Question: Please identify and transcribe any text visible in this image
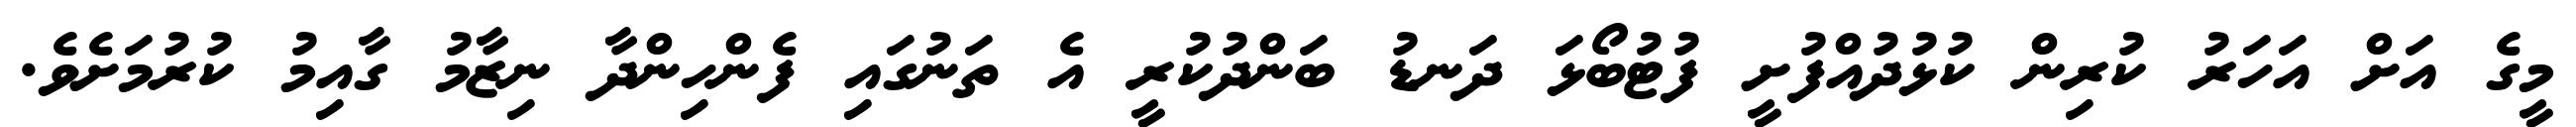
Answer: މީގެ އަށް އަހަރު ކުރިން ކުޅުދުއްފުށީ ފުޓުބޯޅަ ދަނޑު ބަންދުކުރީ އެ ތަނުގައި ފެންހިންދާ ނިޒާމު ގާއިމު ކުރުމަށެވެ.